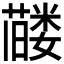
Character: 𬞰